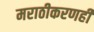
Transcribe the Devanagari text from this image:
मराठीकरणही